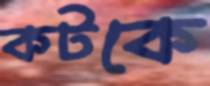
কটকে